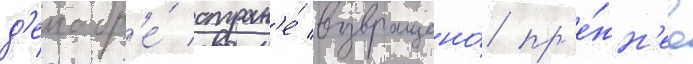
д'екабр'е́ стран'е́ возвращено́ пр'е́жн'ее